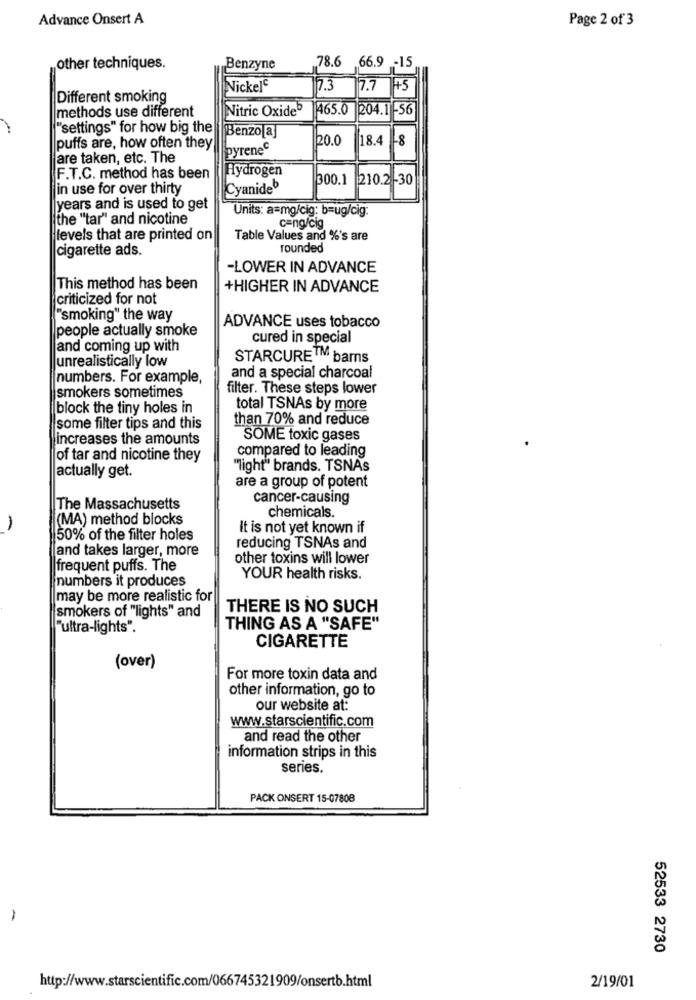
Advance Onsert A
Page 2 of 3
78.6 66.9 -15
other techniques.
Benzyne
Nickel
7.3
7.7
Different smoking
methods use different
Nitric Oxide5
465.0
204.1 -56
"settings" for how big the
Benzo[a]
20.0
18.4
-8
puffs are, how often they
pyrenec
are taken, etc. The
Hydrogen
F.T.C. method has been
300.1
210.2 -30
in use for over thirty
Cyanide
years and is used to get
Units: a=mg/cig: b=ug/cig:
the "tar" and nicotine
c=ng/cig
levels that are printed on
Table Values and %'s are
cigarette ads.
rounded
-LOWER IN ADVANCE
This method has been
+HIGHER IN ADVANCE
criticized for not
"smoking" the way
people actually smoke
ADVANCE uses tobacco
cured in special
and coming up with
unrealistically low
STARCURE™ barns
numbers. For example,
and a special charcoal
smokers sometimes
filter. These steps lower
block the tiny holes in
total TSNAs by more
than 70% and reduce
some filter tips and this
increases the amounts
SOME toxic gases
compared to leading
of tar and nicotine they
"light" brands. TSNAs
actually get.
are a group of potent
cancer-causing
The Massachusetts
chemicals.
(MA) method blocks
1
It is not yet known if
50% of the filter holes
and takes larger, more
reducing TSNAs and
other toxins will lower
frequent puffs. The
numbers it produces
YOUR health risks.
may be more realistic for
smokers of "lights" and
THERE IS NO SUCH
"ultra-lights".
THING AS A "SAFE"
CIGARETTE
(over)
For more toxin data and
other information, go to
our website at:
www.starscientific.com
and read the other
information strips in this
series.
PACK ONSERT 15-07808
-
52533 2730
http://www.starscientific.com/066745321909/onsertb.html
2/19/01